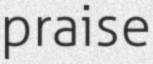
praise